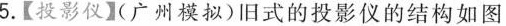
5.【投影仪】（广州模拟)旧式的投影仪的结构如图